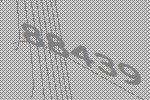
88439